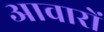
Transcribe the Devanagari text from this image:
आवारों